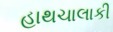
હાથચાલાકી